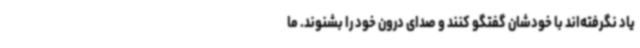
یاد نگرفته‌اند با خودشان گفتگو کنند و صدای درون خود را بشنوند. ما